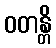
ဝတန္တိ